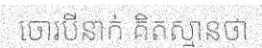
ចោរបីនាក់ គិតស្មានថា